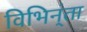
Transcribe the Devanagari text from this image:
विभिन्ंता